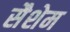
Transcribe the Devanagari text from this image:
सैशेम